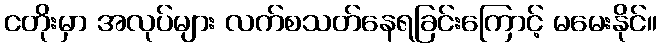
ငတိုးမှာ အလုပ်များ လက်စသတ်နေရခြင်းကြောင့် မမေးနိုင်။